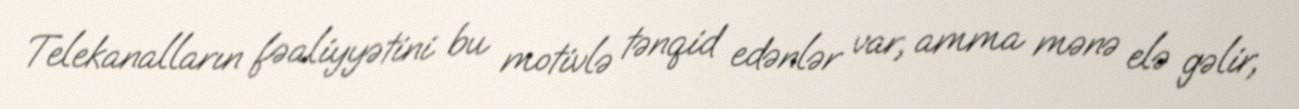
Telekanalların fəaliyyətini bu motivlə tənqid edənlər var, amma mənə elə gəlir,